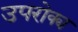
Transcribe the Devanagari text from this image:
उपरोक्य